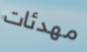
مهدئات